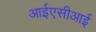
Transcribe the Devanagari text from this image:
आईएसीआई